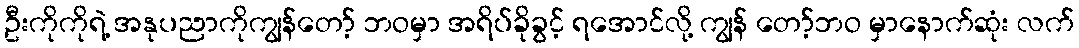
ဦးကိုကိုရဲ့ အနုပညာကိုကျွန်တော့် ဘဝမှာ အရိပ်ခိုခွင့် ရအောင်လို့ ကျွန် တော့်ဘဝ မှာနောက်ဆုံး လက်